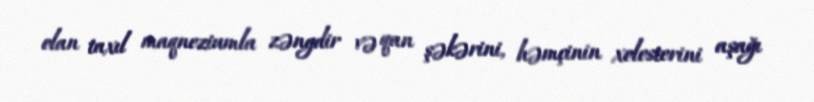
olan taxıl maqneziumla zəngdir və qan şəkərini, həmçinin xolesterini aşağı